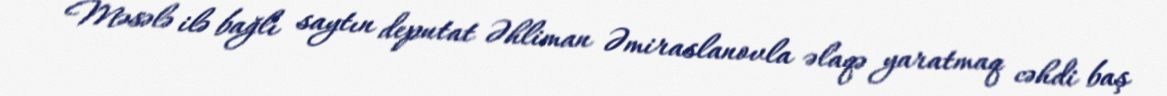
Məsələ ilə bağlı saytın deputat Əhliman Əmiraslanovla əlaqə yaratmaq cəhdi baş